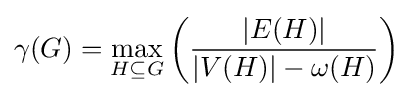
\gamma (G)=\max _{H\subseteq G}\left({{|E(H)}| \over {|V(H)|-\omega (H)}}\right)